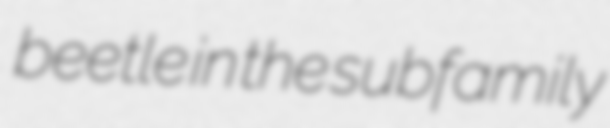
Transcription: beetle in the subfamily